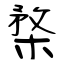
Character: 楘